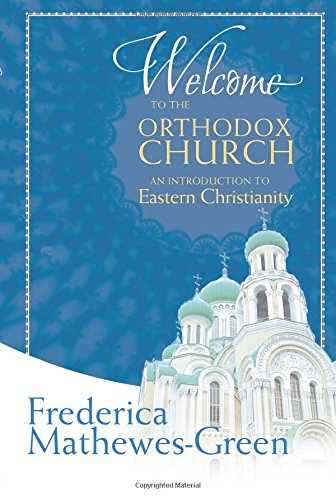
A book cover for Welcome to the Orthodox Church: An Introduction to Eastern Christianity; Frederica Mathewes-Green; History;